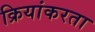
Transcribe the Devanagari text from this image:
क्रियांकरता